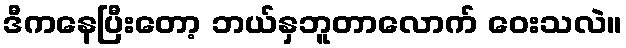
ဒီကနေပြီးတော့ ဘယ်နှဘူတာလောက် ဝေးသလဲ။